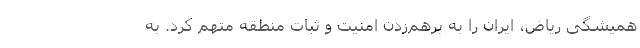
همیشگی ریاض، ایران را به برهم‌زدن امنیت و ثبات منطقه متهم کرد. به